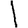
Digit: 1